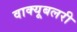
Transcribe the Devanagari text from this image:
वाक्यूबलरी